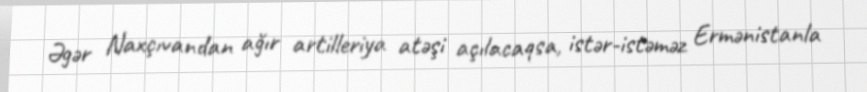
Əgər Naxçıvandan ağır artilleriya atəşi açılacaqsa, istər-istəməz Ermənistanla